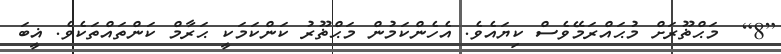
[8]  މަޙްޡޫރަށް މުޙައްރަމޭވެސް ކިޔައެވެ. އެހެންކަމުން މަޙްޡޫރު ކަންކަމަކީ ޙަރާމް ކަންތައްތަކެވެ. ޣީބަ